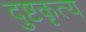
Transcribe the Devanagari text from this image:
दुष्टकृत्य